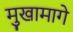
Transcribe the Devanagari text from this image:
मुखामागे